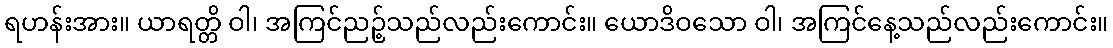
ရဟန်းအား။ ယာရတ္တိ ဝါ၊ အကြင်ညဉ့်သည်လည်းကောင်း။ ယောဒိဝသော ဝါ၊ အကြင်နေ့သည်လည်းကောင်း။